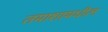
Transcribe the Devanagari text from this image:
तमाशामधील